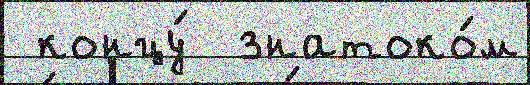
 концу́  знатоко́м